Lunatic asylums in Bengal annual reports 1899-1911 - 1899-1911
Year: 1899
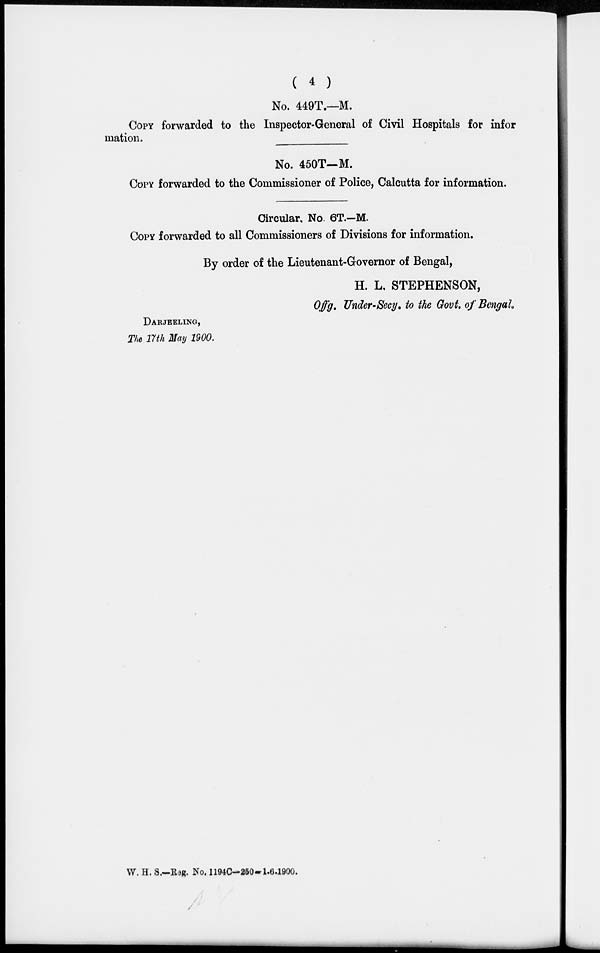
( 4 )
No. 449T.—M.
COPY forwarded to the Inspector-General of Civil Hospitals for infor
mation.
No. 450T—M.
COPY forwarded to the Commissioner of Police, Calcutta for information.
Circular. No. 6T.—M.
COPY forwarded to all Commissioners of Divisions for information.
By order of the Lieutenant-Governor of Bengal,
H. L. STEPHENSON,
Offg. Under-Secy. to the Govt. of Bengal.
DARJEELING,
The 17th May 1900.
W. H. S.—Reg. No. 1194C-250-1-6-1900.